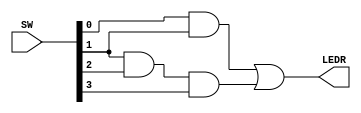
module teste1 (
	input [4:0] SW,
	output [0:0] LEDR
);

	wire AB, BCD;
	and P1(AB, SW[0], SW[1]);
	and P2(BCD, SW[1], SW[2], SW[3]);
	or P3(LEDR[0], AB, BCD);
	
endmodule